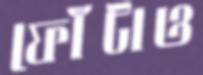
ফোঁটাও